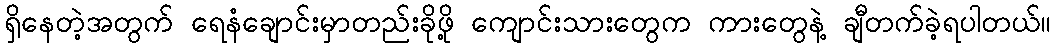
ရှိနေတဲ့အတွက် ရေနံချောင်းမှာတည်းခိုဖို့ ကျောင်းသားတွေက ကားတွေနဲ့ ချီတက်ခဲ့ရပါတယ်။